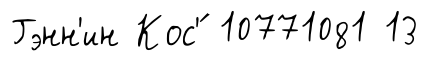
Гэнн'ин Кос'́ 10771081 13